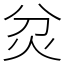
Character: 炃